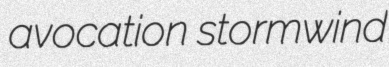
avocation stormwind